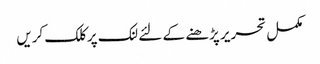
مکمل تحریر پڑھنے کے لئے لنک پر کلک کریں